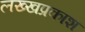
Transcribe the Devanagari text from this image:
लख्खप्रकाश